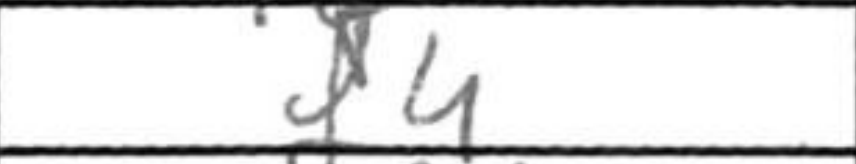
Transcription: f4